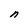
Character: n